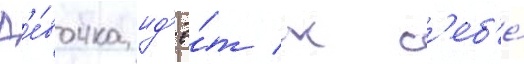
Д'е́вочка ид'ё́т к с'еб'е́